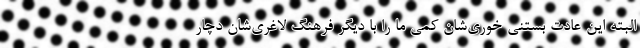
البته این عادت بستنی خوری‌شان کمی ما را با دیگر فرهنگ لاغری‌شان دچار